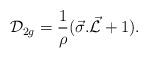
LaTeX: \begin{align*}{\cal D}_{2g}=\frac{1}{\rho}(\vec{\sigma}.\vec{\cal L}+1).\end{align*}